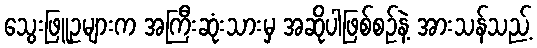
သွေးဖြူဥများက အကြီးဆုံးသားမှ အဆိုပါဖြစ်စဉ်နဲ့ အားသန်သည့်